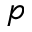
p